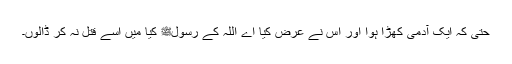
حتی کہ ایک آدمی کھڑا ہوا اور اس نے عرض کیا اے اللہ کے رسولﷺ کیا میں اسے قتل نہ کر ڈالوں۔